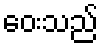
ဝေးသည်